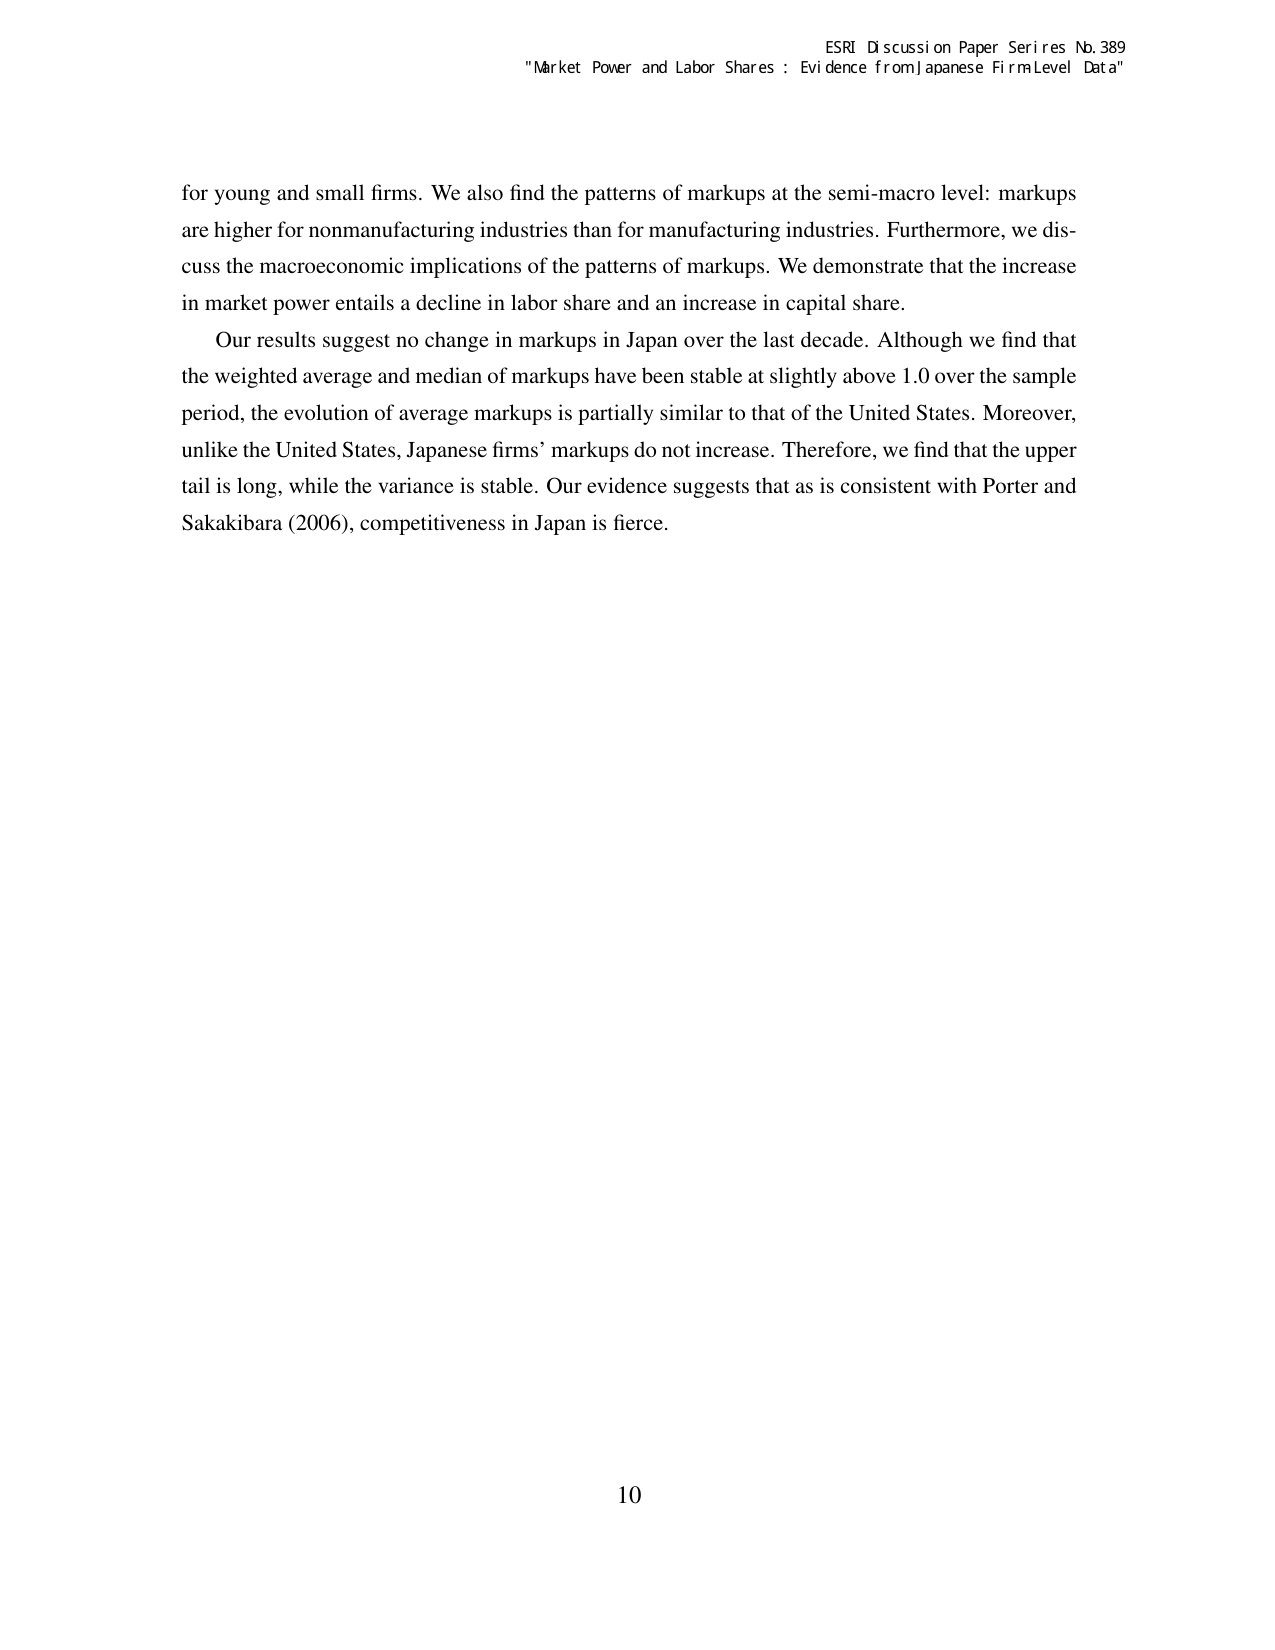
ESRI Discussion Paper Series No. 389
"Market Power and Labor Shares : Evidence from Japanese Firm Level Data"

for young and small firms. We also find the patterns of markups at the semi-macro level: markups are higher for nonmanufacturing industries than for manufacturing industries. Furthermore, we discuss the macroeconomic implications of the patterns of markups. We demonstrate that the increase in market power entails a decline in labor share and an increase in capital share.

Our results suggest no change in markups in Japan over the last decade. Although we find that the weighted average and median of markups have been stable at slightly above 1.0 over the sample period, the evolution of average markups is partially similar to that of the United States. Moreover, unlike the United States, Japanese firms’ markups do not increase. Therefore, we find that the upper tail is long, while the variance is stable. Our evidence suggests that as is consistent with Porter and Sakakibara (2006), competitiveness in Japan is fierce.

10